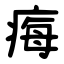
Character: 痗